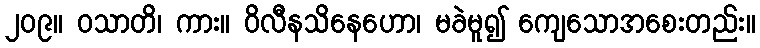
၂၀၉။ ဝသာတိ၊ ကား။ ဝိလီနသိနေဟော၊ မခဲမူ၍ ကျေသောအစေးတည်း။